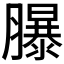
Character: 𦢊